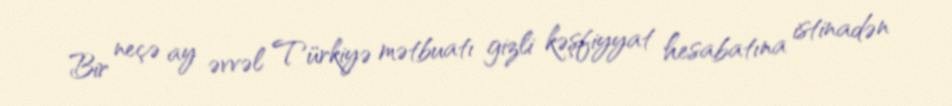
Bir neçə ay əvvəl Türkiyə mətbuatı gizli kəşfiyyat hesabatına istinadən